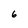
Character: 6